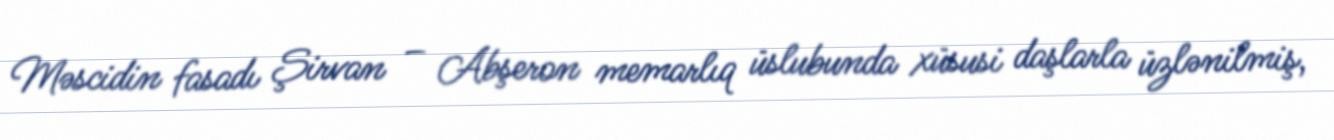
Məscidin fasadı Şirvan – Abşeron memarlıq üslubunda xüsusi daşlarla üzlənilmiş,